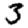
Digit: 3